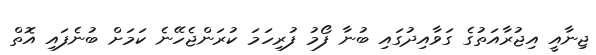
ޖިނާއީ އިޖުރާއަތުގެ ގަވާއިދުގައި ބުނާ ފޯމު ފުރިހަމަ ކުރަންޖެހޭނެ ކަމަށް ބުނެފައި އޮތް